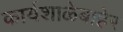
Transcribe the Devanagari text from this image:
कार्यशाळेबाहेर